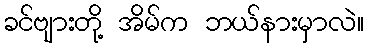
ခင်ဗျားတို့ အိမ်က ဘယ်နားမှာလဲ။